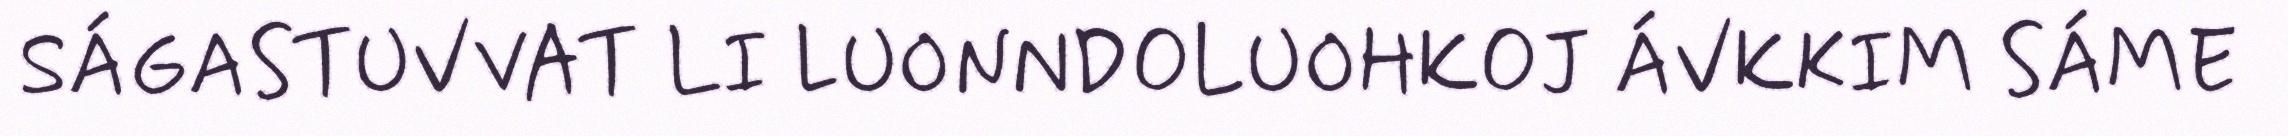
SÁGASTUVVAT LI LUONNDOLUOHKOJ ÁVKKIM SÁME